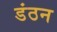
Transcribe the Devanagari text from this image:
डंठन